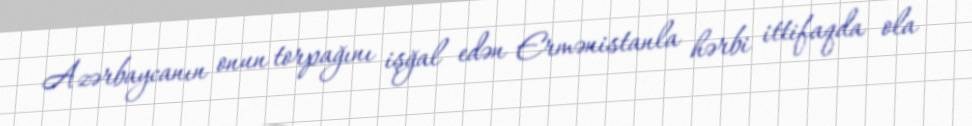
Azərbaycanın onun torpağını işğal edən Ermənistanla hərbi ittifaqda ola